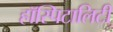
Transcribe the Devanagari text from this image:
हॉस्पिटालिटी